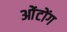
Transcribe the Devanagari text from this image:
ओंटोंग